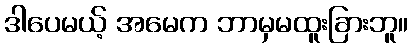
ဒါပေမယ့် အမေက ဘာမှမထူးခြားဘူ။